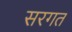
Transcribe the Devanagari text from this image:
सरगत